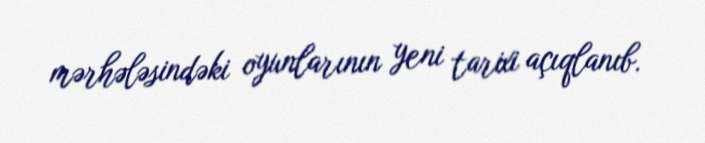
mərhələsindəki oyunlarının yeni tarixi açıqlanıb.